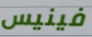
فينيس